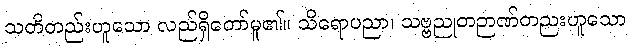
သတိတည်းဟူသော လည်ရှိတော်မူ၏။ သိရောပညာ၊ သဗ္ဗညုတဉာဏ်တညးဟူသော